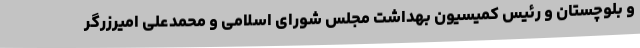
و بلوچستان و رئیس کمیسیون بهداشت مجلس شورای اسلامی و محمدعلی امیرزرگر